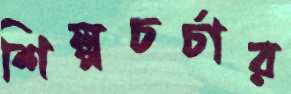
শিল্পচর্চার